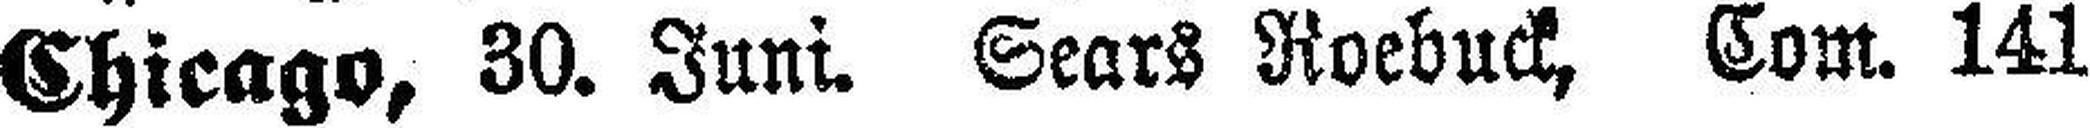
Chicago, 30. Juni. Sears Roebuck, Com. 141